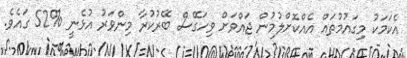
އެކަމަކު މިގައުމުތައް އެއްކޮށްލުމުން ޖައްވަށް ވިހަގޭސް ބޭރުކުރާ މިންވަރު އުޅެނީ %52 ގައެވެ.